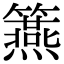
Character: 𥷀